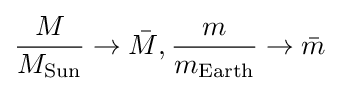
{\frac {M}{M_{\text{Sun}}}}\to {\bar {M}},{\frac {m}{m_{\text{Earth}}}}\to {\bar {m}}